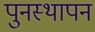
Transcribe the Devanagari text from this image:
पुनस्थापन